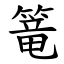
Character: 篭